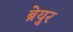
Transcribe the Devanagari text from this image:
ब्रेयुर